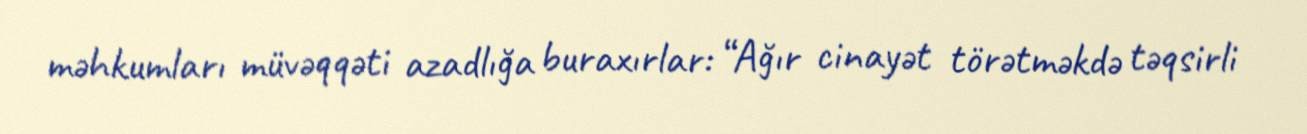
məhkumları müvəqqəti azadlığa buraxırlar: “Ağır cinayət törətməkdə təqsirli